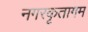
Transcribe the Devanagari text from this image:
नगरकृतागम